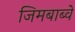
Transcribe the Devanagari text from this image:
जिमबाब्वे